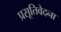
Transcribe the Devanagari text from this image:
प्रसूतिवेदना